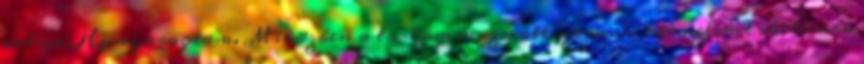
valója. Hunyorogtam. Miközben a torkomra szívott szemcsés törmeléket vállamba